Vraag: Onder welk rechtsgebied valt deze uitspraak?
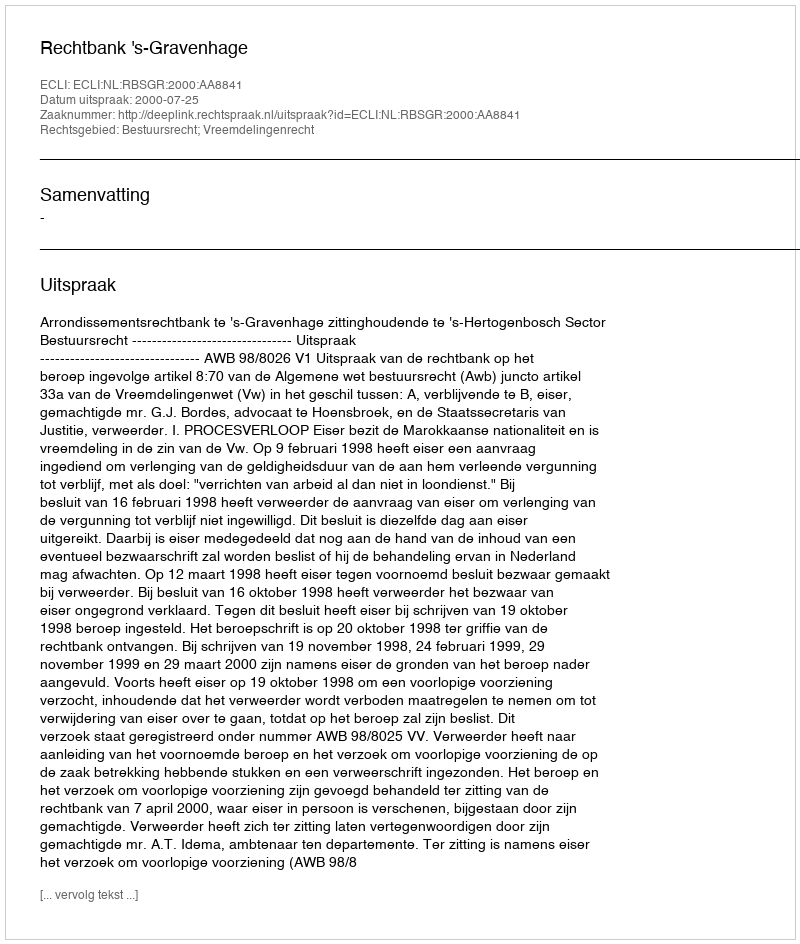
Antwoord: Bestuursrecht; Vreemdelingenrecht